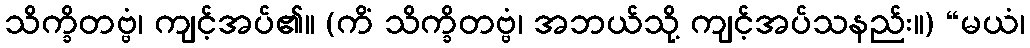
သိက္ခိတဗ္ဗံ၊ ကျင့်အပ်၏။ (ကိံ သိက္ခိတဗ္ဗံ၊ အဘယ်သို့ ကျင့်အပ်သနည်း။) “မယံ၊